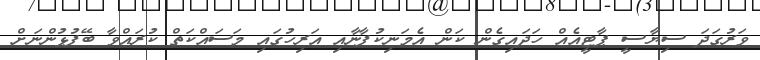
ވަރުގަދަ ސިޔާސީ ޕާޓީއެއް ހަދައިގެން ކަން އެމަނިކުފާނާއި އަރިހުގައި މަސައްކަތް ކުރައްވާ ބޭފުޅުންނަށް